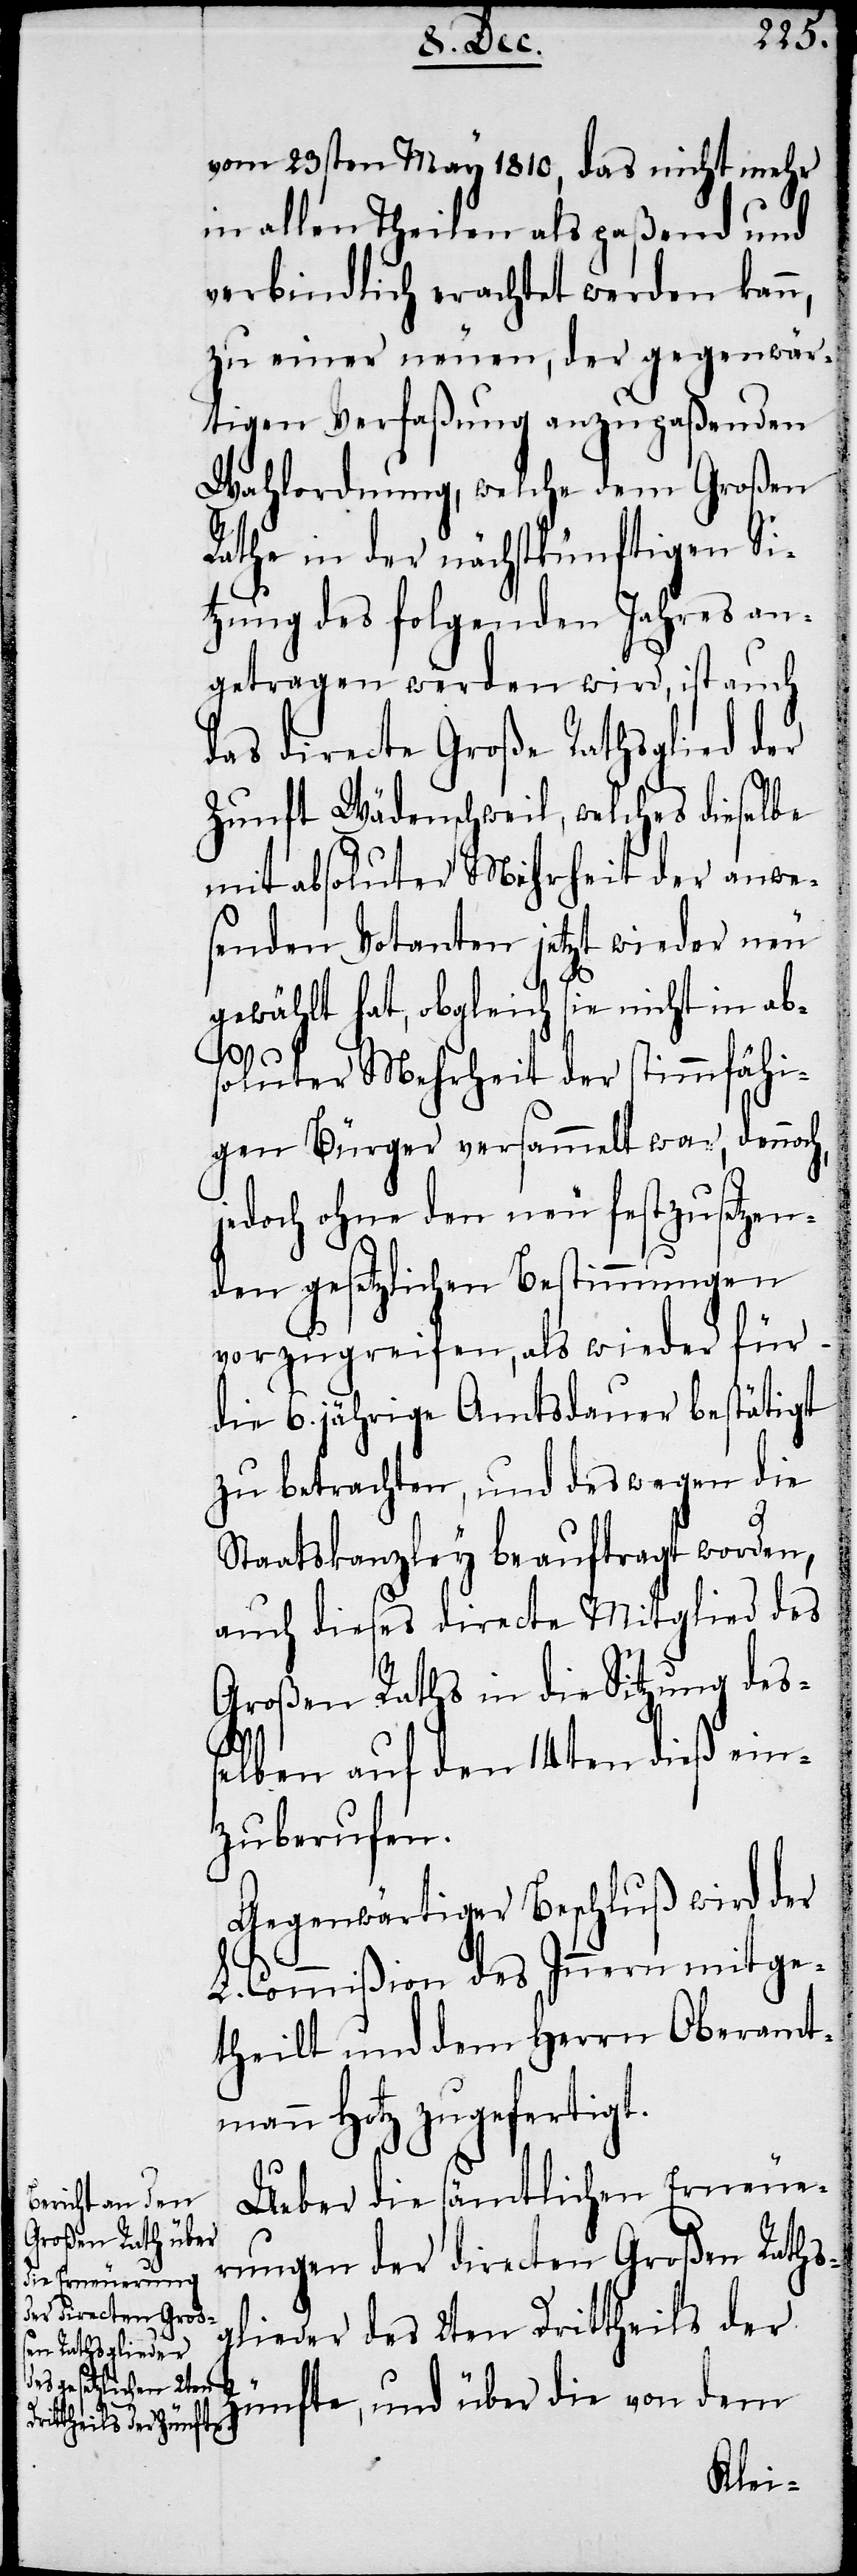
vom 23sten May 1810, das nicht mehr
in allen Theilen als paßend und
verbindlich erachtet werden kann,
zu einer neuen, der gegenwär¬
tigen Verfaßung anzupaßenden
Wahlordnung, welche dem Großen
Rathe in der nächstkünftigen Si¬
tzung des folgenden Jahres an¬
getragen werden wird, ist auch
das directe Große Rathsglied der
Zunft Wädenschweil, welches dieselbe
mit absoluter Mehrheit der anwe¬
senden Votanten jetzt wieder neu
gewählt hat, obgleich sie nicht in abs¬
oluter Mehrheit der stimmfähi¬
gen Bürger versammelt war, dennoch,
jedoch ohne den neu festzusetzen¬
den gesetzlichen Bestimmungen
vorzugreifen, als wieder für
die 6. jährige Amtsdauer bestätigt
zu betrachten, und deswegen die
Staatskanzley beauftragt worden,
auch dieses directe Mitglied des
Großen Raths in die Sitzung des¬
selben auf den 14ten dieß ein¬
zuberufen.
Gegenwärtiger Beschluß wird der
L. Commißion des Innern mitge¬
theilt und dem Herrn Oberamt¬
mann Hotz zugefertigt.
Ueber die sämtlichen Erneue¬
rungen der directen Großen Raths¬
glieder des 2ten Drittheils der
Zünfte, und über die von dem